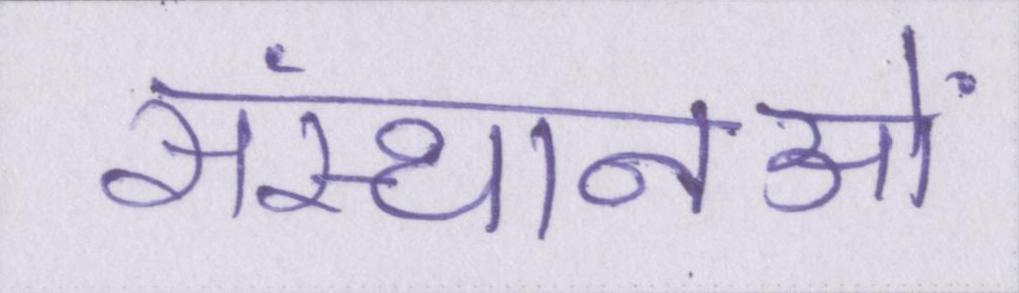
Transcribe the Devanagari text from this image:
संस्थानओं